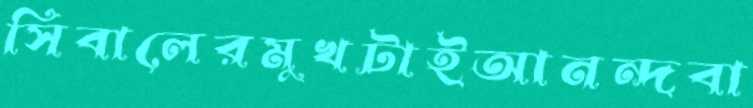
সিবালেরমুখটাইআনন্দবা